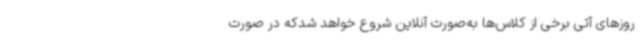
روزهای آتی برخی از کلاس‌ها به‌صورت آنلاین شروع خواهد شدکه در صورت